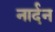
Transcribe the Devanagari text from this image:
नार्दन